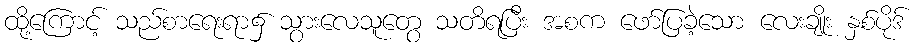
ထို့ကြောင့် သည်စာရေးရာ၌ သွားလေသူတွေ သတိရပြီး အစက ဖော်ပြခဲ့သော လေးချိုး နှစ်ပိုဒ်